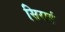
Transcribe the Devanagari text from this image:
सिराई